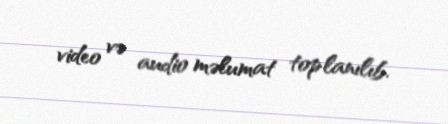
video və audio məlumat toplanılıb.